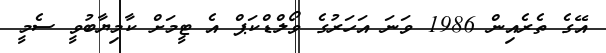
އޭގެ ތެރެއިން 1986 ވަނަ އަހަރުގެ ވޯލްޑްކަޕް އެ ޓީމަށް ކާމިޔާބުވީ ސެމީ